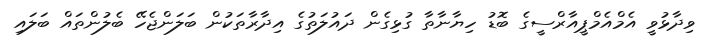
ވިދާޅުވީ އެމްއެމްޕީއާރްސީގެ ބޮޑު ހިޔާނާތާ ގުޅިގެން ދައުލަތުގެ އިދާރާތަކުން ބަލަންޖެހޭ ބެލުންތައް ބަލައި